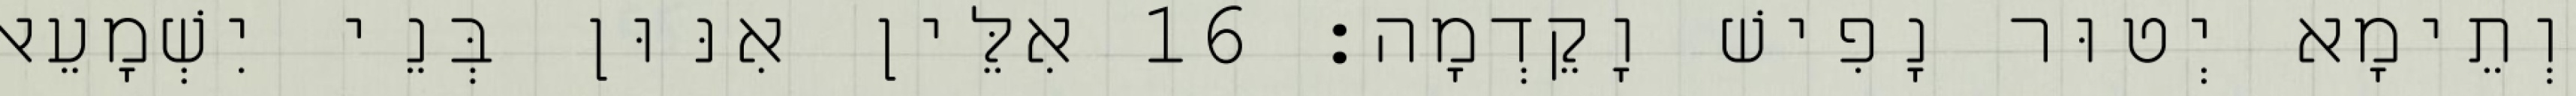
וְתֵימָא יְטוּר נָפִישׁ וָקֵדְמָה׃ 16 אִלֵּין אִנּוּן בְּנֵי יִשְׁמָעֵאל